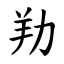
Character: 劷